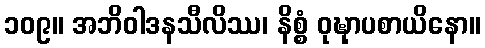
၁၀၉။ အဘိဝါဒနသီလိဿ၊ နိစ္စံ ဝုဍ္ဎုာပစာယိနော။